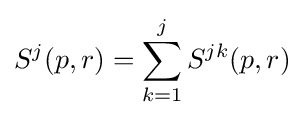
S^{j}(p,r)=\sum _{k=1}^{j}S^{jk}(p,r)